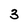
Character: 3